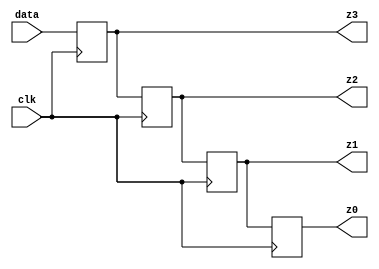
module SIPO (data, clk, z0, z1, z2, z3);
  input data, clk;
  output z0, z1, z2, z3;
  reg d0=0, d1=0, d2=0, d3=0;
  assign {z0, z1, z2, z3} = {d0, d1, d2, d3};

  always @(posedge clk) begin
    d3 <= data;
    d2 <= d3;
    d1 <= d2;
    d0 <= d1;
  end
endmodule